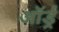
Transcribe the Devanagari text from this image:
ऑर्ड्र